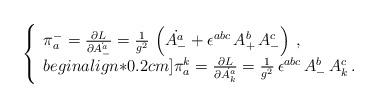
LaTeX: \begin{align*}\left\{\begin{array}{l}\pi^-_a = \frac{\partial L}{\partial \dot{A^a_-}} =\frac{1}{g^2} \, \left( \dot{A^a_- } + \epsilon^{abc} \, A^b_+ \, A^c_- \right) \,, \\begin{align*}0.2cm]\pi_a^k = \frac{\partial L}{\partial \dot{A^a_k}} =\frac{1}{g^2} \, \epsilon^{abc} \, A^b_- \, A^c_k \,.\end{array}\right.\end{align*}